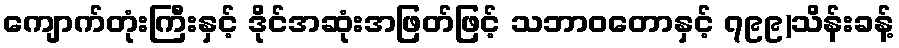
ကျောက်တုံးကြီးနှင့် ဒိုင်အဆုံးအဖြတ်ဖြင့် သဘာဝတောနှင့် ၇၉၉)သိန်းခန့်